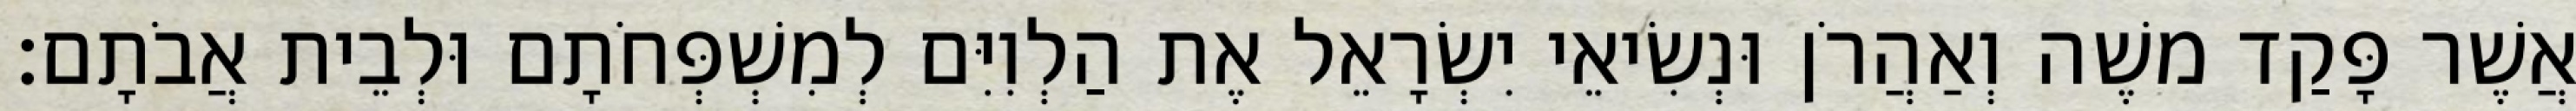
אֲשֶׁר פָּקַד משֶׁה וְאַהֲרֹן וּנְשִׂיאֵי יִשְׂרָאֵל אֶת הַלְוִיִּם לְמִשְׁפְּחֹתָם וּלְבֵית אֲבֹתָם׃